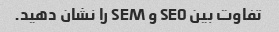
تفاوت بین SEO و SEM را نشان دهید.